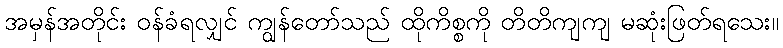
အမှန်အတိုင်း ဝန်ခံရလျှင် ကျွန်တော်သည် ထိုကိစ္စကို တိတိကျကျ မဆုံးဖြတ်ရသေး။